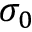
\sigma _ { 0 }